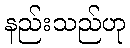
နည်းသည်ဟု